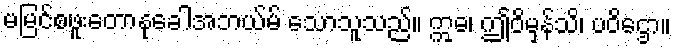
မမြင်စဖူးတောနုခေါအဘယ်မ် သောသူသည်။ ဣဓ၊ ဤဝိမှန်သိ၊ ပဝိဌော။